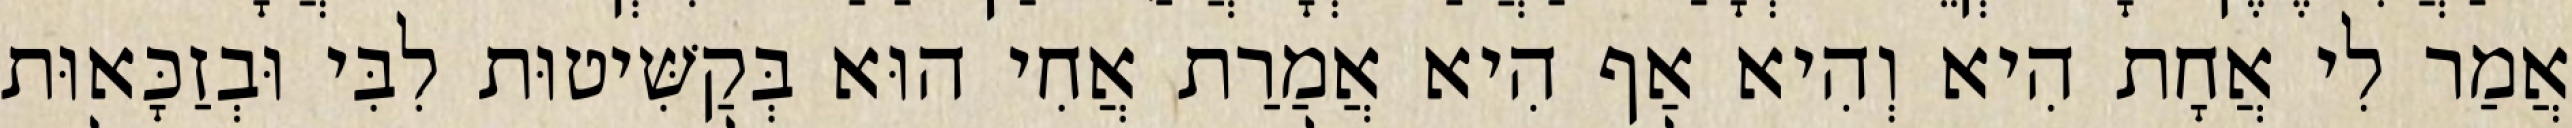
אֲמַר לִי אֲחָת הִיא וְהִיא אַף הִיא אֲמַרַת אֲחִי הוּא בְּקַשִּׁיטוּת לִבִּי וּבְזַכָּאוּת